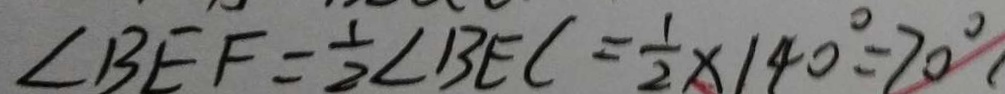
\angle B E F = \frac { 1 } { 2 } \angle B E C = \frac { 1 } { 2 } \times 1 4 0 ^ { \circ } = 7 0 ^ { \circ }